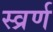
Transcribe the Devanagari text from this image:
स्व्रर्ण